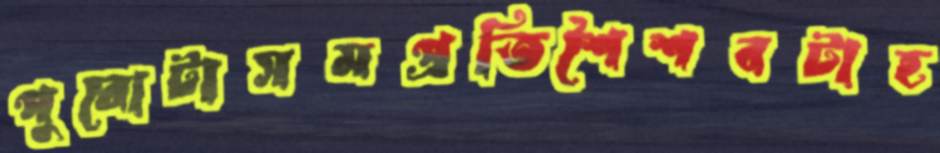
পুরোটাসমপ্রতিশৈশবটাহ